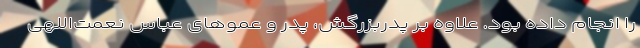
را انجام داده بود. علاوه بر پدربزرگش، پدر و عموهای عباس نعمت‌اللهی